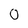
Character: 0